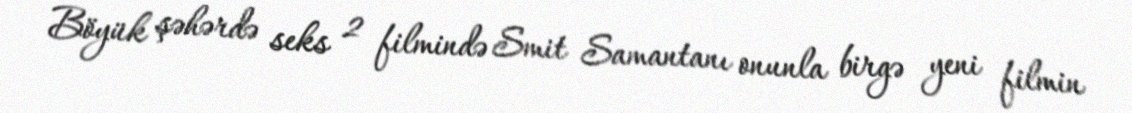
Böyük şəhərdə seks 2 filmində Smit Samantanı onunla birgə yeni filmin